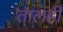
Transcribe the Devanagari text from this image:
तालही